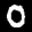
Label: 0